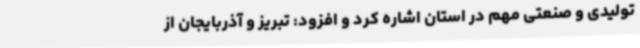
تولیدی و صنعتی مهم در استان اشاره کرد و افزود: تبریز و آذربایجان از